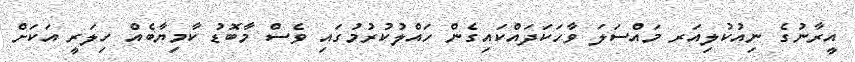
އީރާނުގެ ނިއުކުލިއަރ މައްސަލަ ވާހަކަދައްކައިގެން ހައްލުކުރުމުގައި ވެސް މާބޮޑު ކާމިޔާބެއް ހިލަރީ އަކަށް